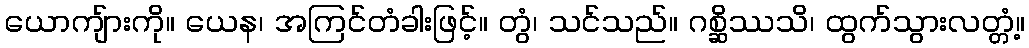
ယောကျ်ားကို။ ယေန၊ အကြင်တံခါးဖြင့်။ တွံ၊ သင်သည်။ ဂစ္ဆိဿသိ၊ ထွက်သွားလတ္တံ့။